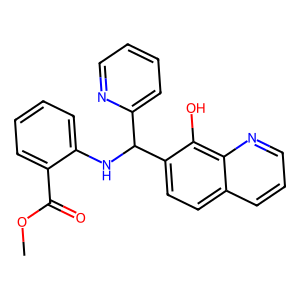
SMILES: COC(=O)c1ccccc1NC(c1ccccn1)c1ccc2cccnc2c1O
Inhibits HIV replication: No